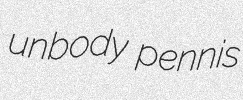
unbody pennis